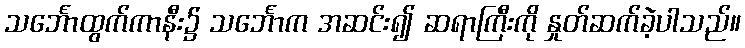
သင်္ဘောထွက်ကာနီး၌ သင်္ဘောက အဆင်း၍ ဆရာကြီးကို နှုတ်ဆက်ခဲ့ပါသည်။